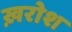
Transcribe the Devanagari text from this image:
ख़रोश